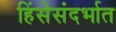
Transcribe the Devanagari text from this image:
हिंसेसंदर्भात